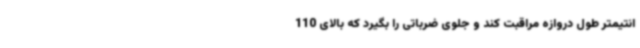
انتیمتر طول دروازه مراقبت کند و جلوی ضرباتی را بگیرد که بالای 110